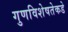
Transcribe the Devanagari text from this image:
गुणविशेषतेकडे